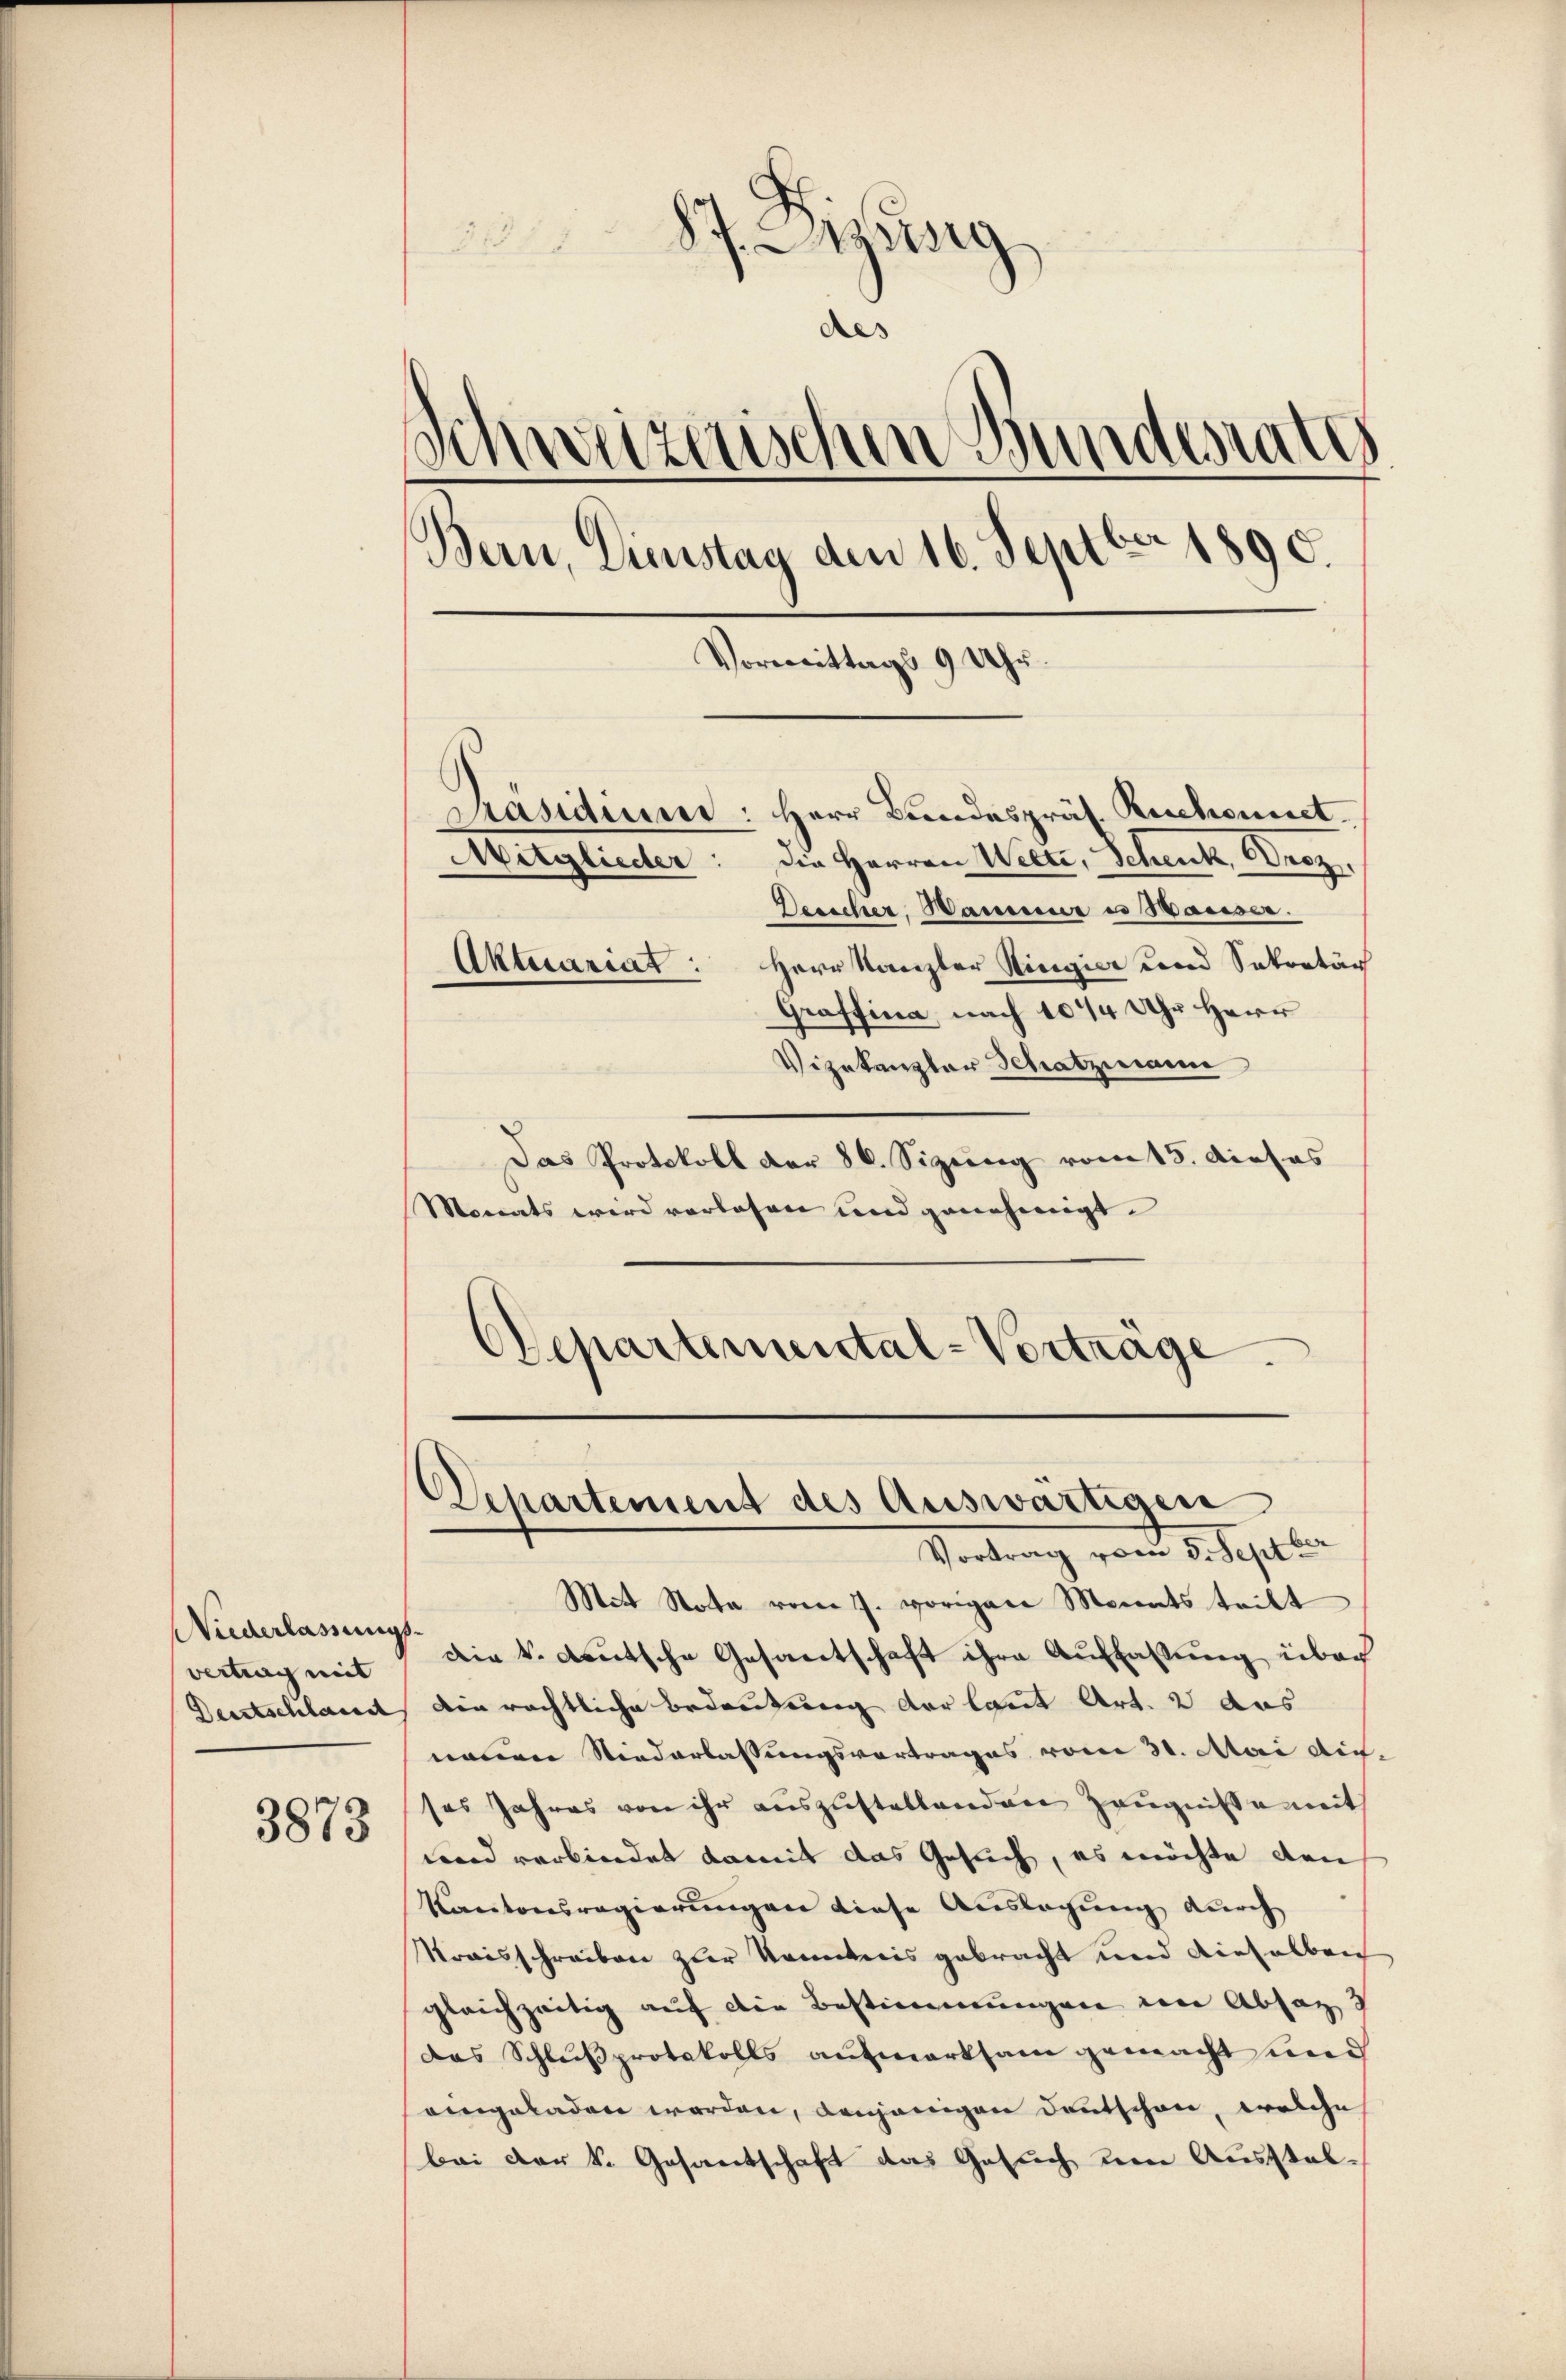
Niederlassungs
vertrag mit
3873

87. ung
des
Schweizerischen Bundesrate
Bern, Dienstag den 16. Septbr 1890.
Vormittags 9 Uhr.
.
Präsidium: Herr Bundespräs. Ruchonnet.
Mitglieder: die Herren Welti, Schenk, Droz.
Desicher, Hamme es Hauser.
Aktuariat: Herr Kanzler Ringier und Sekretär
Graffina, nach 1044 Uhr Herr

Vizekanzler Schatzmann
Das Protokoll der 86. Sizung vom 15. dieses
Monats wird vorlesen und genehmigt.
Departemental-Vorträge

Mit Nota vom 7. vorigere Monats teilt
Die k. deutsche Gesantschaft ihre Auffassung über
Deutschlamt ein rechtliche Bedeutung der laut Art. 2 das
nonen Niederlassungsvortrages vom 31. Mai dir.
ses Jahres von ihr auszustellenden Zeugnisse mit
ward verbindet damit das Gesuch, es möchte den
Kantonsregierungen diese Auslegung durch
Kraisschreiben zur Kenntnis gebracht und dieselben
gleichzeitig auf die Bestimmungen von Absatz
Das Schlußprotokolls aufmerksam gemacht und
eingeladen werden, denjenigen Deutschen, welche
bei der k. Gesantschaft das Gesuch um Ausstel¬

Departement des Auswärtigen
Vortrag vom 5. Septe